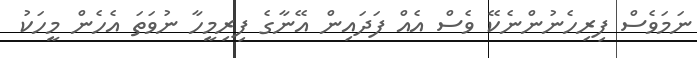
ނަމަވެސް ފިރިހެނުންނެކޭ ވެސް އެއް ފަދައިން އޭނާގެ ފިރިމީހާ ނުވަތަ އެހެން މީހަކު